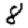
Digit: 8